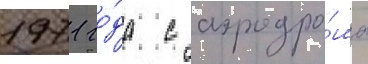
1971 го́да с аэродро́ма